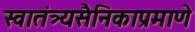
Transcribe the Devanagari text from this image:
स्वातंत्र्यसैनिकाप्रमाणे